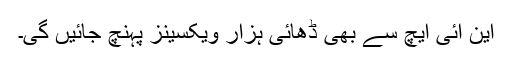
این آئی ایچ سے بھی ڈھائی ہزار ویکسینز پہنچ جائیں گی۔